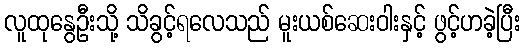
လူထုနွေဦးသို့ သိခွင့်ရလေသည် မူးယစ်ဆေးဝါးနှင့် ဖွင့်ဟခဲ့ပြီး